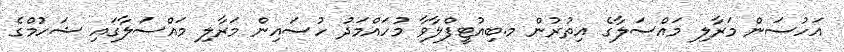
އަހުސަން މަރާލި މައްސަލާގެ އިތުރުން މ.ބިއުޓީފްލާވާ މުހައްމަދު ހުސައިން މަރާލި މައްސަލާގައި ޝަހުމްގެ